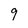
Character: 9